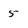
Character: 5